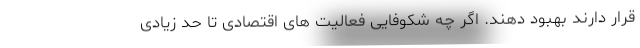
قرار دارند بهبود دهند. اگر چه شکوفایی فعالیت های اقتصادی تا حد زیادی